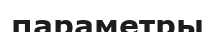
параметры